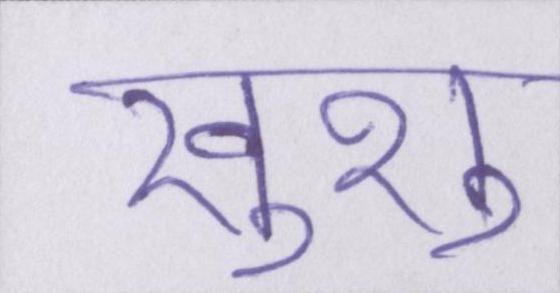
खुशु